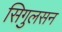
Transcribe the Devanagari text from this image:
सिगुलसन